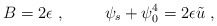
\begin{align*}B = 2 \epsilon~, \hskip 1cm\psi_s + \psi_0^4 = 2 \epsilon\tilde u~,\end{align*}